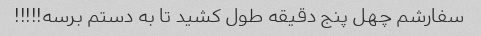
سفارشم چهل پنج دقیقه طول کشید تا به دستم برسه!!!!!